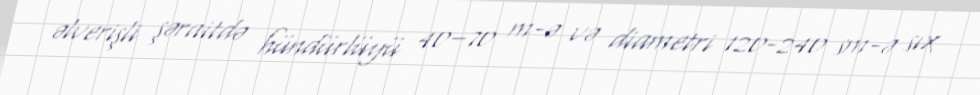
əlverişli şəraitdə hündürlüyü 40–70 m-ə və diametri 120-240 sm-ə sıx